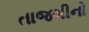
તાજગીનો